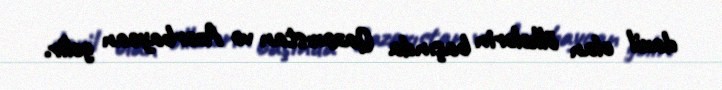
daxil olan ölkələrin başında Qazaxıstan və Azərbaycan gəlir.